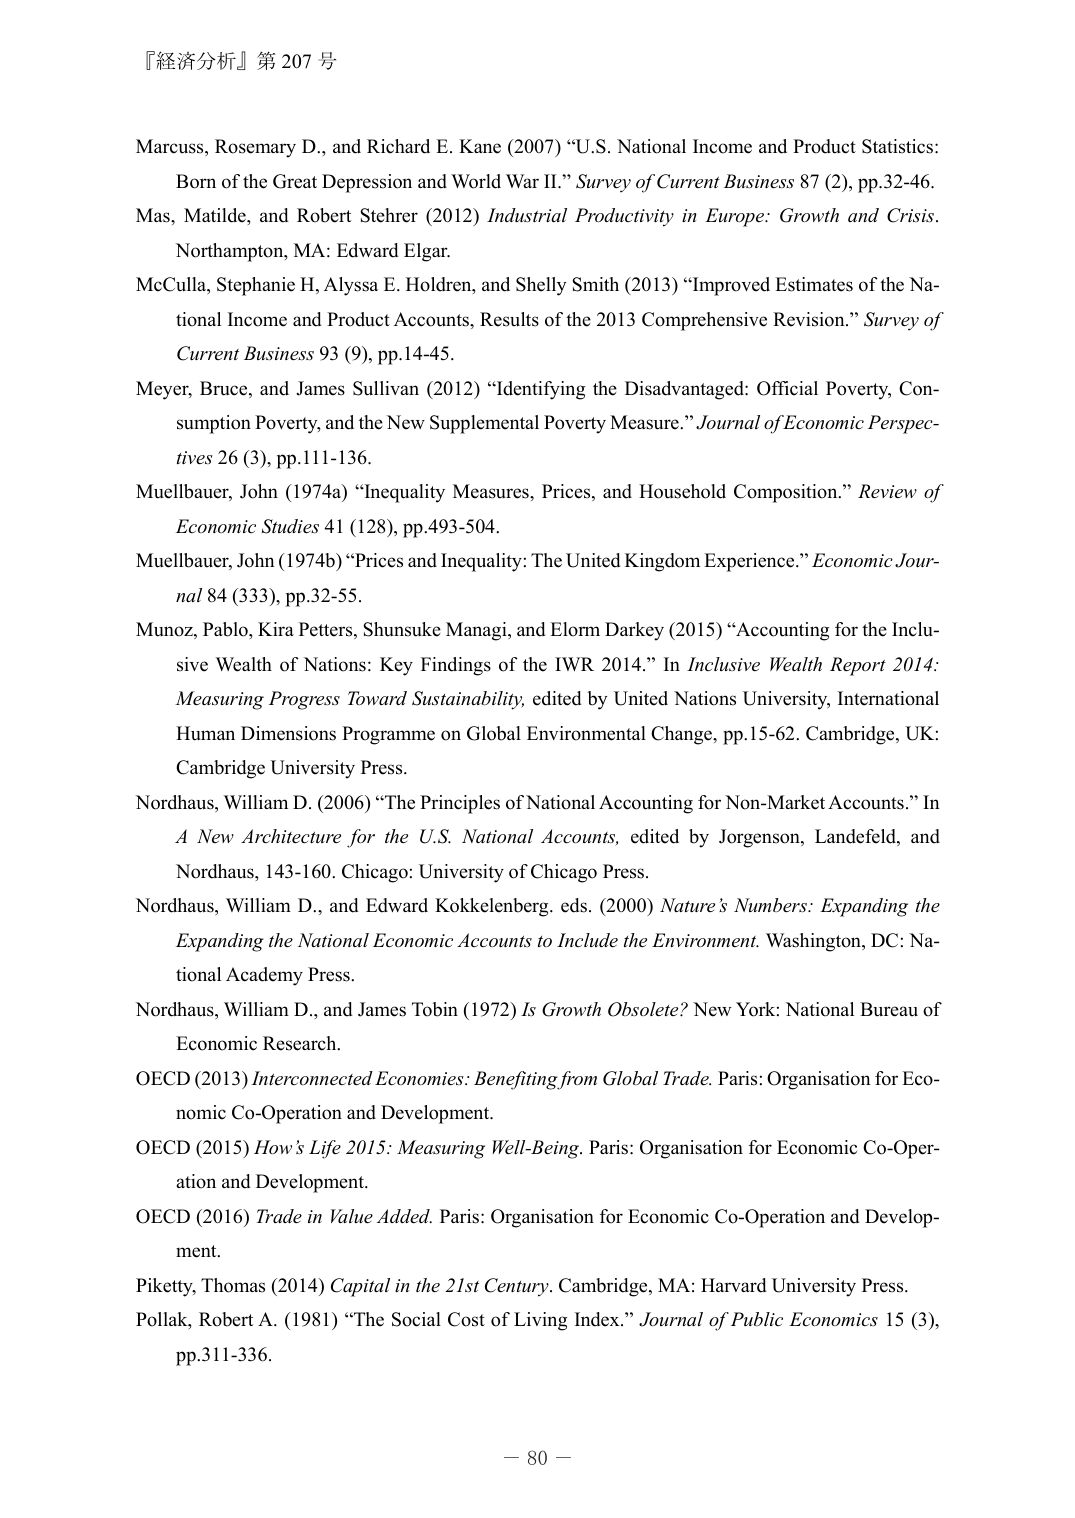
『経済分析』第 207 号

Marcuss, Rosemary D., and Richard E. Kane (2007) “U.S. National Income and Product Statistics: Born of the Great Depression and World War II.” Survey of Current Business 87 (2), pp.32-46.

Mas, Matilde, and Robert Stehrer (2012) Industrial Productivity in Europe: Growth and Crisis. Northampton, MA: Edward Elgar.

McCulla, Stephanie H, Alyssa E. Holdren, and Shelly Smith (2013) “Improved Estimates of the National Income and Product Accounts, Results of the 2013 Comprehensive Revision.” Survey of Current Business 93 (9), pp.14-45.

Meyer, Bruce, and James Sullivan (2012) “Identifying the Disadvantaged: Official Poverty, Consumption Poverty, and the New Supplemental Poverty Measure.” Journal of Economic Perspectives 26 (3), pp.111-136.

Muellbauer, John (1974a) “Inequality Measures, Prices, and Household Composition.” Review of Economic Studies 41 (128), pp.493-504.

Muellbauer, John (1974b) “Prices and Inequality: The United Kingdom Experience.” Economic Journal 84 (333), pp.32-55.

Munoz, Pablo, Kira Petters, Shunsuke Managi, and Elorm Darkey (2015) “Accounting for the Inclusive Wealth of Nations: Key Findings of the IWR 2014.” In Inclusive Wealth Report 2014: Measuring Progress Toward Sustainability, edited by United Nations University, International Human Dimensions Programme on Global Environmental Change, pp.15-62. Cambridge, UK: Cambridge University Press.

Nordhaus, William D. (2006) “The Principles of National Accounting for Non-Market Accounts.” In A New Architecture for the U.S. National Accounts, edited by Jorgenson, Landefeld, and Nordhaus, 143-160. Chicago: University of Chicago Press.

Nordhaus, William D., and Edward Kokkelenberg, eds. (2000) Nature’s Numbers: Expanding the Expanding the National Economic Accounts to Include the Environment. Washington, DC: National Academy Press.

Nordhaus, William D., and James Tobin (1972) Is Growth Obsolete? New York: National Bureau of Economic Research.

OECD (2013) Interconnected Economies: Benefiting from Global Trade. Paris: Organisation for Economic Co-Operation and Development.

OECD (2015) How’s Life 2015: Measuring Well-Being. Paris: Organisation for Economic Co-Operation and Development.

OECD (2016) Trade in Value Added. Paris: Organisation for Economic Co-Operation and Development.

Piketty, Thomas (2014) Capital in the 21st Century. Cambridge, MA: Harvard University Press.

Pollak, Robert A. (1981) “The Social Cost of Living Index.” Journal of Public Economics 15 (3), pp.311-336.

－ 80 －